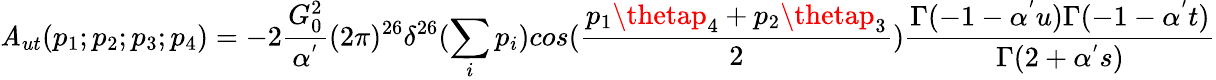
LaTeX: \mathit{A}_{ut}(p_{1};p_{2};p_{3};p_{4})=-2\frac{{G_{0}^{2}}}{{\alpha^{'}}}(2\pi)^{26}\delta^{26}(\sum_{i}p_{i})cos(\frac{{p_{1}\thetap_{4}+p_{2}\thetap_{3}}}{{2}})\frac{{\Gamma(-1-\alpha^{'}u)\Gamma(-1-\alpha^{'}t)}}{{\Gamma(2+\alpha^{'}s)}}